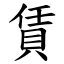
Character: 賃